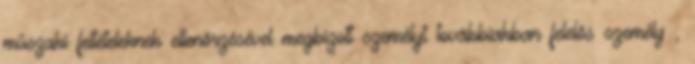
mûszaki feltételeknek ellenõrzésével megbízott személyt továbbiakban felelõs személy ,